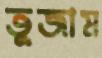
তুজাম